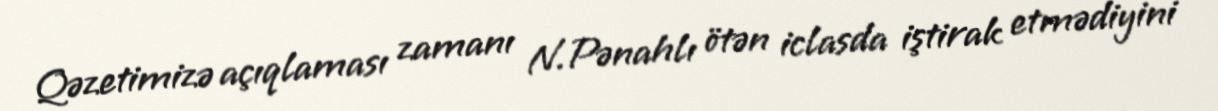
Qəzetimizə açıqlaması zamanı N.Pənahlı ötən iclasda iştirak etmədiyini